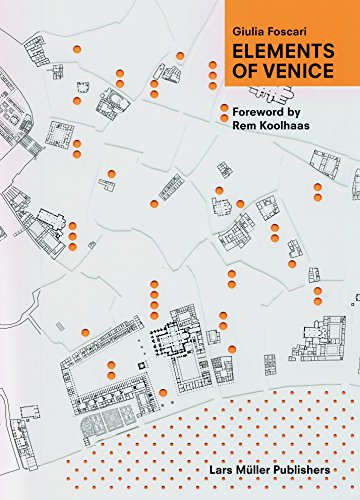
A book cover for Elements of Venice; Giulia Foscari; Arts & Photography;